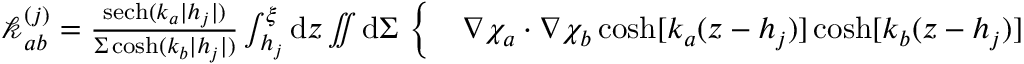
\begin{array} { r l } { \mathcal { k } _ { a b } ^ { ( j ) } = \frac { \mathrm { s e c h } ( k _ { a } | h _ { j } | ) } { \Sigma \cosh ( k _ { b } | h _ { j } | ) } \int _ { h _ { j } } ^ { \xi } \mathrm { d } z \iint \mathrm { d } \Sigma ~ \Bigl \{ } & { { } \nabla \chi _ { a } \cdot \nabla \chi _ { b } \cosh [ k _ { a } ( z - h _ { j } ) ] \cosh [ k _ { b } ( z - h _ { j } ) ] } \end{array}